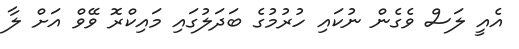
އެއީ ލަސް ވެގެން ނުކައި ހުރުމުގެ ބަދަލުގައި މައިކްރޮ ވޭވް އަށް ލާ